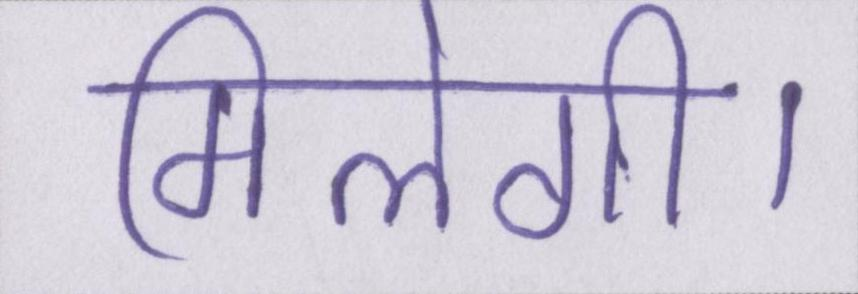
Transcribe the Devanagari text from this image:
मिलेगी।